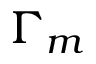
\Gamma _ { m }